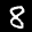
Label: 8